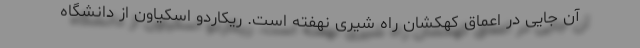
آن جایی در اعماق کهکشان راه شیری نهفته است. ریکاردو اسکیاون از دانشگاه